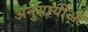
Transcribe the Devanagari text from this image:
अनुयायीओ